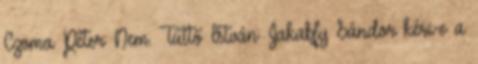
Czoma Péter: Nem. Tüttő István: Jakabfy Sándor kéri-e a